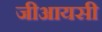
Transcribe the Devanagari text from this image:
जीआयसी